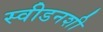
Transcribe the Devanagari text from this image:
स्वीडनशी